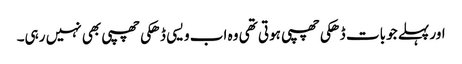
اور پہلے جو بات ڈھکی چھپی ہوتی تھی وہ اب ویسی ڈھکی چھپی بھی نہیں رہی۔